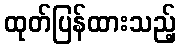
ထုတ်ပြန်ထားသည့်